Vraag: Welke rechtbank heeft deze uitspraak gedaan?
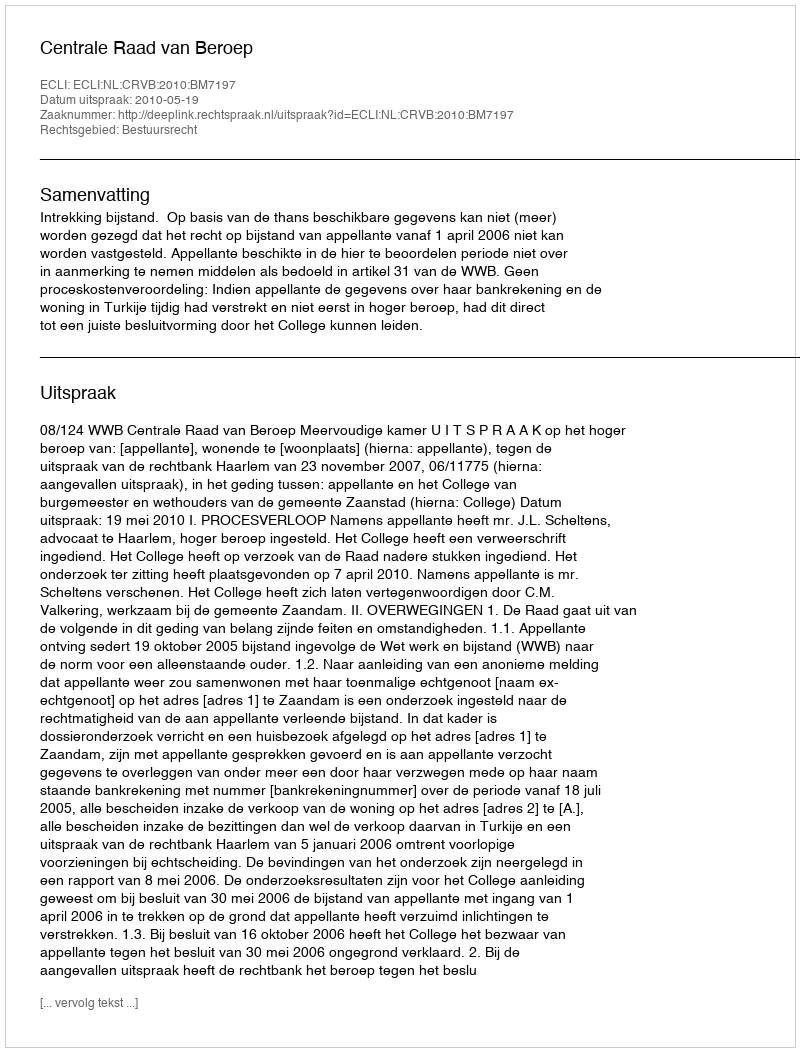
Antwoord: Centrale Raad van Beroep